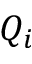
Q _ { i }